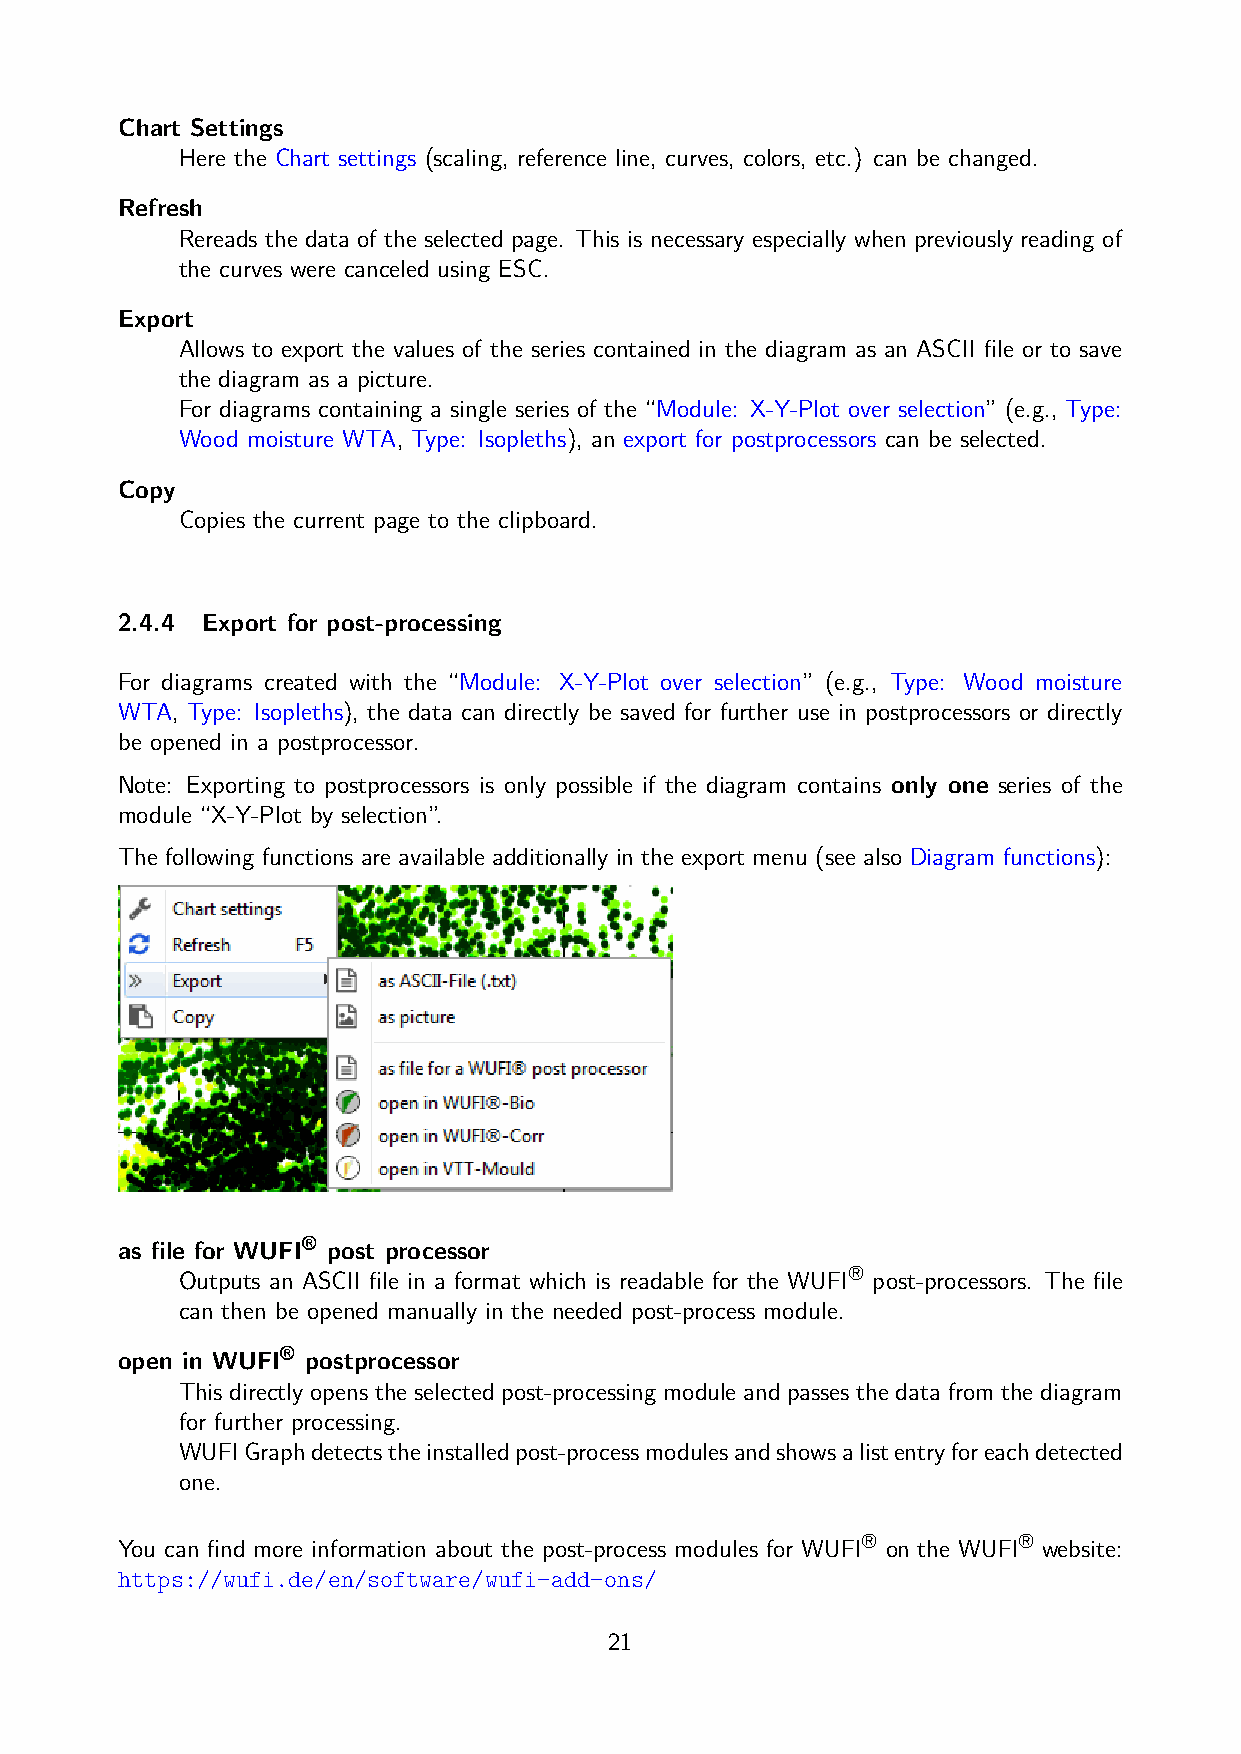
Chart Settings
 Here the Chart settings (scaling, reference line, curves, colors, etc.) can be changed.
 Refresh
 Rereads the data of the selected page. This is necessary especially when previously reading of
 the curves were canceled using ESC.
 Export
 Allows to export the values of the series contained in the diagram as an ASCII file or to save
 the diagram as a picture.
 For diagrams containing a single series of the “Module: X-Y-Plot over selection” (e.g., Type:
 Wood moisture WTA, Type: Isopleths), an export for postprocessors can be selected.
 Copy
 Copies the current page to the clipboard.
 2.4.4 Export for post-processing
 For diagrams created with the “Module: X-Y-Plot over selection” (e.g., Type: Wood moisture
 WTA, Type: Isopleths), the data can directly be saved for further use in postprocessors or directly
 be opened in a postprocessor.
 Note: Exporting to postprocessors is only possible if the diagram contains only one series of the
 module “X-Y-Plot by selection”.
 The following functions are available additionally in the export menu (see also Diagram functions):
 as file for WUFI® post processor
 ®
 Outputs an ASCII file in a format which is readable for the WUFI post-processors. The file
 can then be opened manually in the needed post-process module.
 open in WUFI® postprocessor
 This directly opens the selected post-processing module and passes the data from the diagram
 for further processing.
 WUFIGraphdetectstheinstalledpost-processmodulesandshowsalistentryforeachdetected
 one.
 ®         ®
 You can find more information about the post-process modules for WUFI on the WUFI website:
 https://wufi.de/en/software/wufi-add-ons/
 21